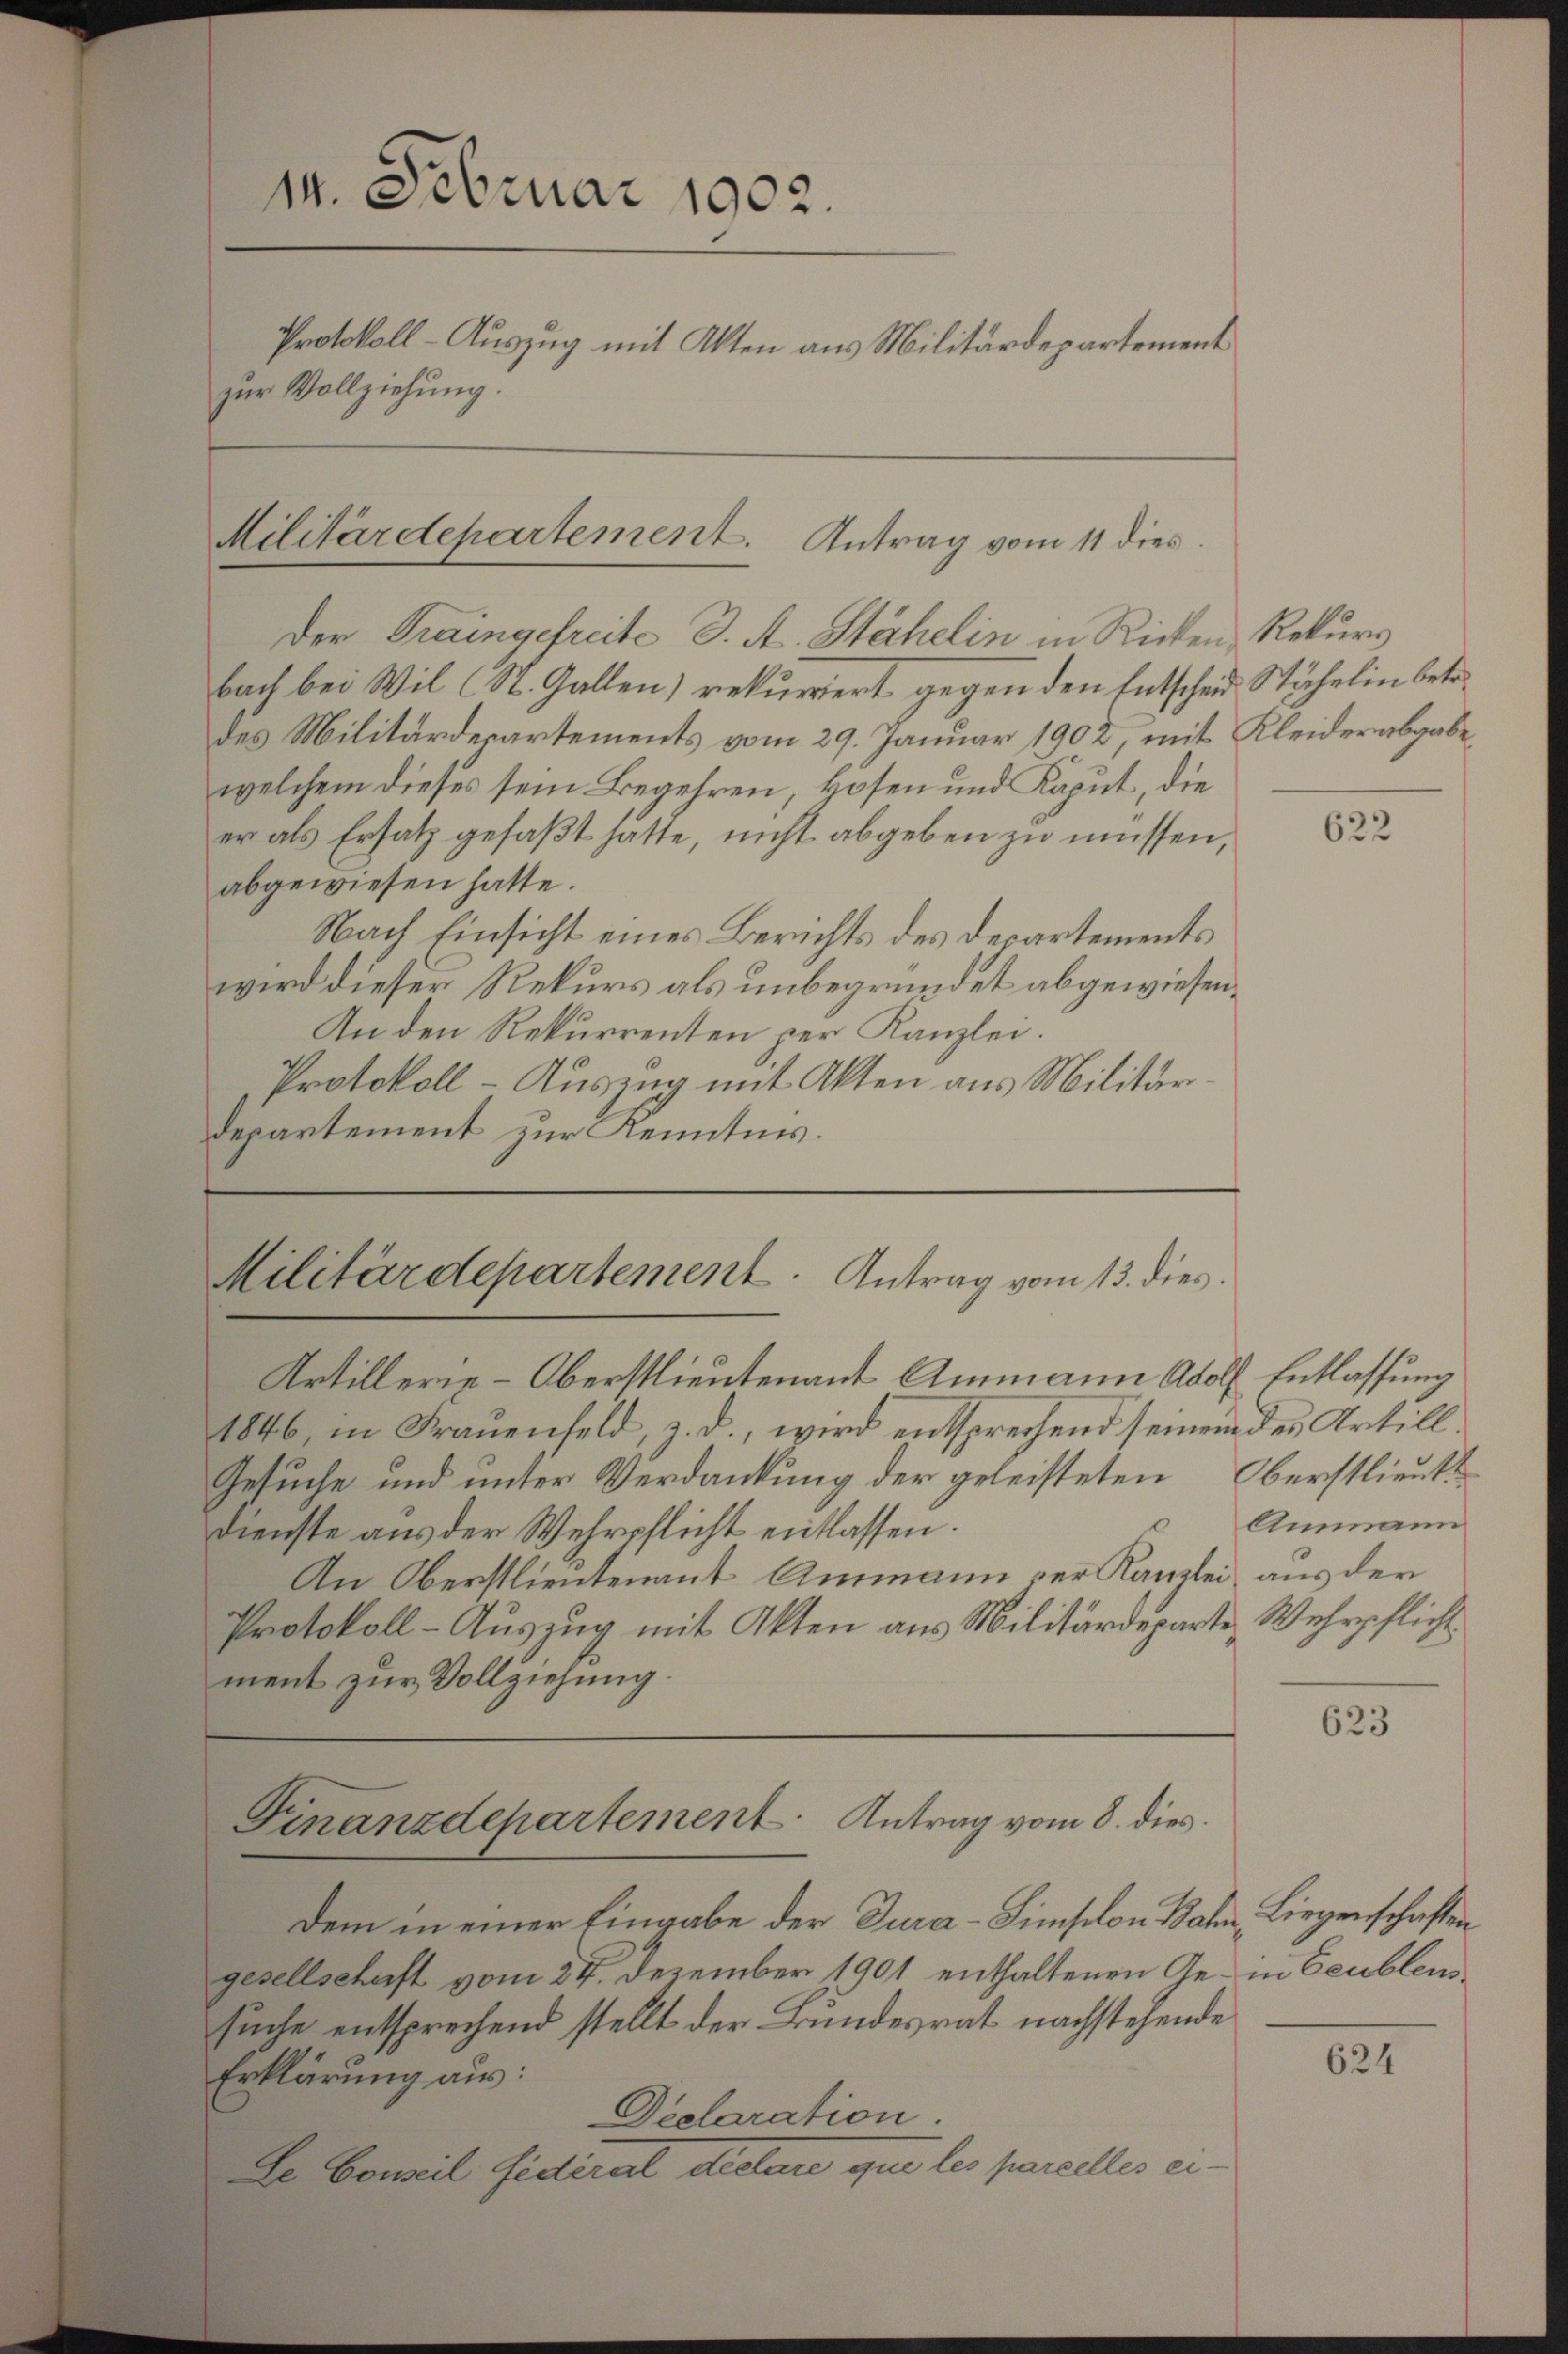
14. Februar 1902.
Protokoll - Auszug mit Akten aus Militärdepartement
zur Vollziehung.

Militärdepartement. Antrag vom 11 dies
Der Traingefreite 3. A. Stähelin in Ricken Rekurs

bach bei Wil (St. Gallen) rekurriert gegen den Entscheid Stähelin betr.
des Militärdepartements vom 29. Januar 1902, mit Kleiderabgabe,
welchem dieses sein Begehren, Hosen und Kaput, die
er als Ersatz gefaßt hatte, nicht abgeben zu müssen,
abgewiesen hatte.
Nach Einsicht eines Berichts des Departements
wird dieser Rekurs als unbegründet abgewiesen.
An den Rekurrenten per Kanzlei.
Protokoll - Auszug mit Akten aus Militär
departement zur Kenntnis.

Militärdepartement. Antrag vom 13. dies

Finanzdepartement. Antrag vom 8. dies

Artillerie-Oberstlieutenant Ammann Adolf Entlassung
1846, in Frauenfeld, z. d., wird entsprechend seinem des Artill¬
Gesuche und unter Verdankung der geleisteten Oberstlieutt
Dienste aus der Wehrpflicht entlassen.
An Oberstlieutenant Ammann der Kanzlei, aus der
Protokoll-Auszug mit Akten aus Militärdeparte, Wehrpflicht
ment zur Vollziehung.

dem in einer Eingabe der Tura-Simplon Bahn, Liegenschaften
gesellschaft vom 24. Dezember 1901 enthaltenen Ge- in Feublensuche entsprechend stellt der Bundesrat nachstehende
Erklärung aus:
Declaration
Ee Conseil fédéral declare que les parcelles ei¬

622

Ammann

623

624